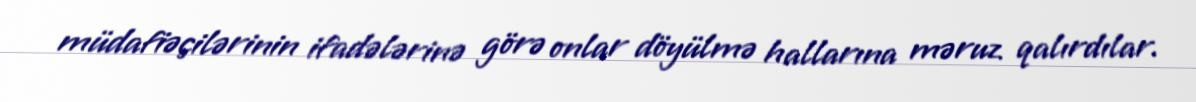
müdafiəçilərinin ifadələrinə görə onlar döyülmə hallarına məruz qalırdılar.